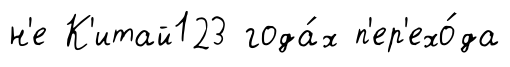
н'е К'итай123 года́х п'ер'ехо́да